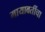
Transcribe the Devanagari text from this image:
मायावतींचा